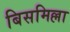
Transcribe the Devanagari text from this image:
बिसमिल्ला